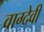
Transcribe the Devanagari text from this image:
वाग्‍देवी